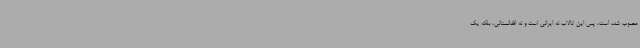
مصوب شده است، پس این تالاب نه ایرانی است و نه افغانستانی، بلکه یک